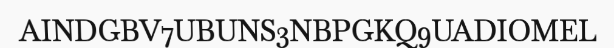
AINDGBV7UBUNS3NBPGKQ9UADIOMEL